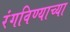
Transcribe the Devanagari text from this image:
रंगविण्याच्या